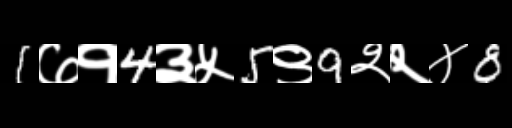
Text: 1७१4३५5९9२२४8